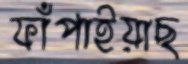
ফাঁপাইয়াছ